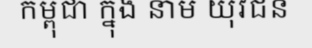
កម្ពុជា ក្នុង នាម យុវជន